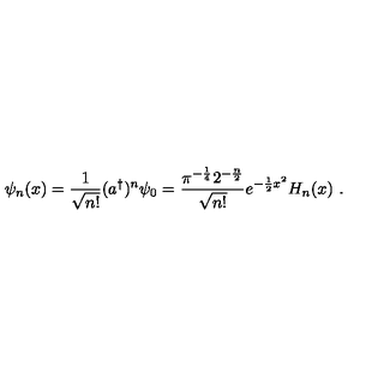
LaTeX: \psi _ { n } ( x ) = \frac 1 { \sqrt { n ! } } ( a ^ { \dag } ) ^ { n } \psi _ { 0 } = \frac { \pi ^ { - \frac { 1 } { 4 } } 2 ^ { - \frac { n } { 2 } } } { \sqrt { n ! } } e ^ { - \frac { 1 } { 2 } x ^ { 2 } } H _ { n } ( x ) \ .